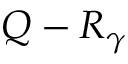
Q - R _ { \gamma }